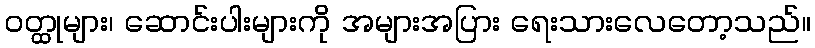
ဝတ္ထုများ၊ ဆောင်းပါးများကို အများအပြား ရေးသားလေတော့သည်။